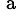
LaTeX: ^{\mathrm{~a~}}